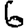
Digit: 6